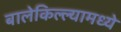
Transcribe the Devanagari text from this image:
बालेकिल्ल्यामध्ये